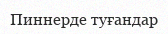
Пиннерде туғандар